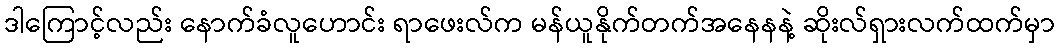
ဒါကြောင့်လည်း နောက်ခံလူဟောင်း ရာဖေးလ်က မန်ယူနိုက်တက်အနေနနဲ့ ဆိုးလ်ရှားလက်ထက်မှာ